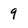
Character: 9